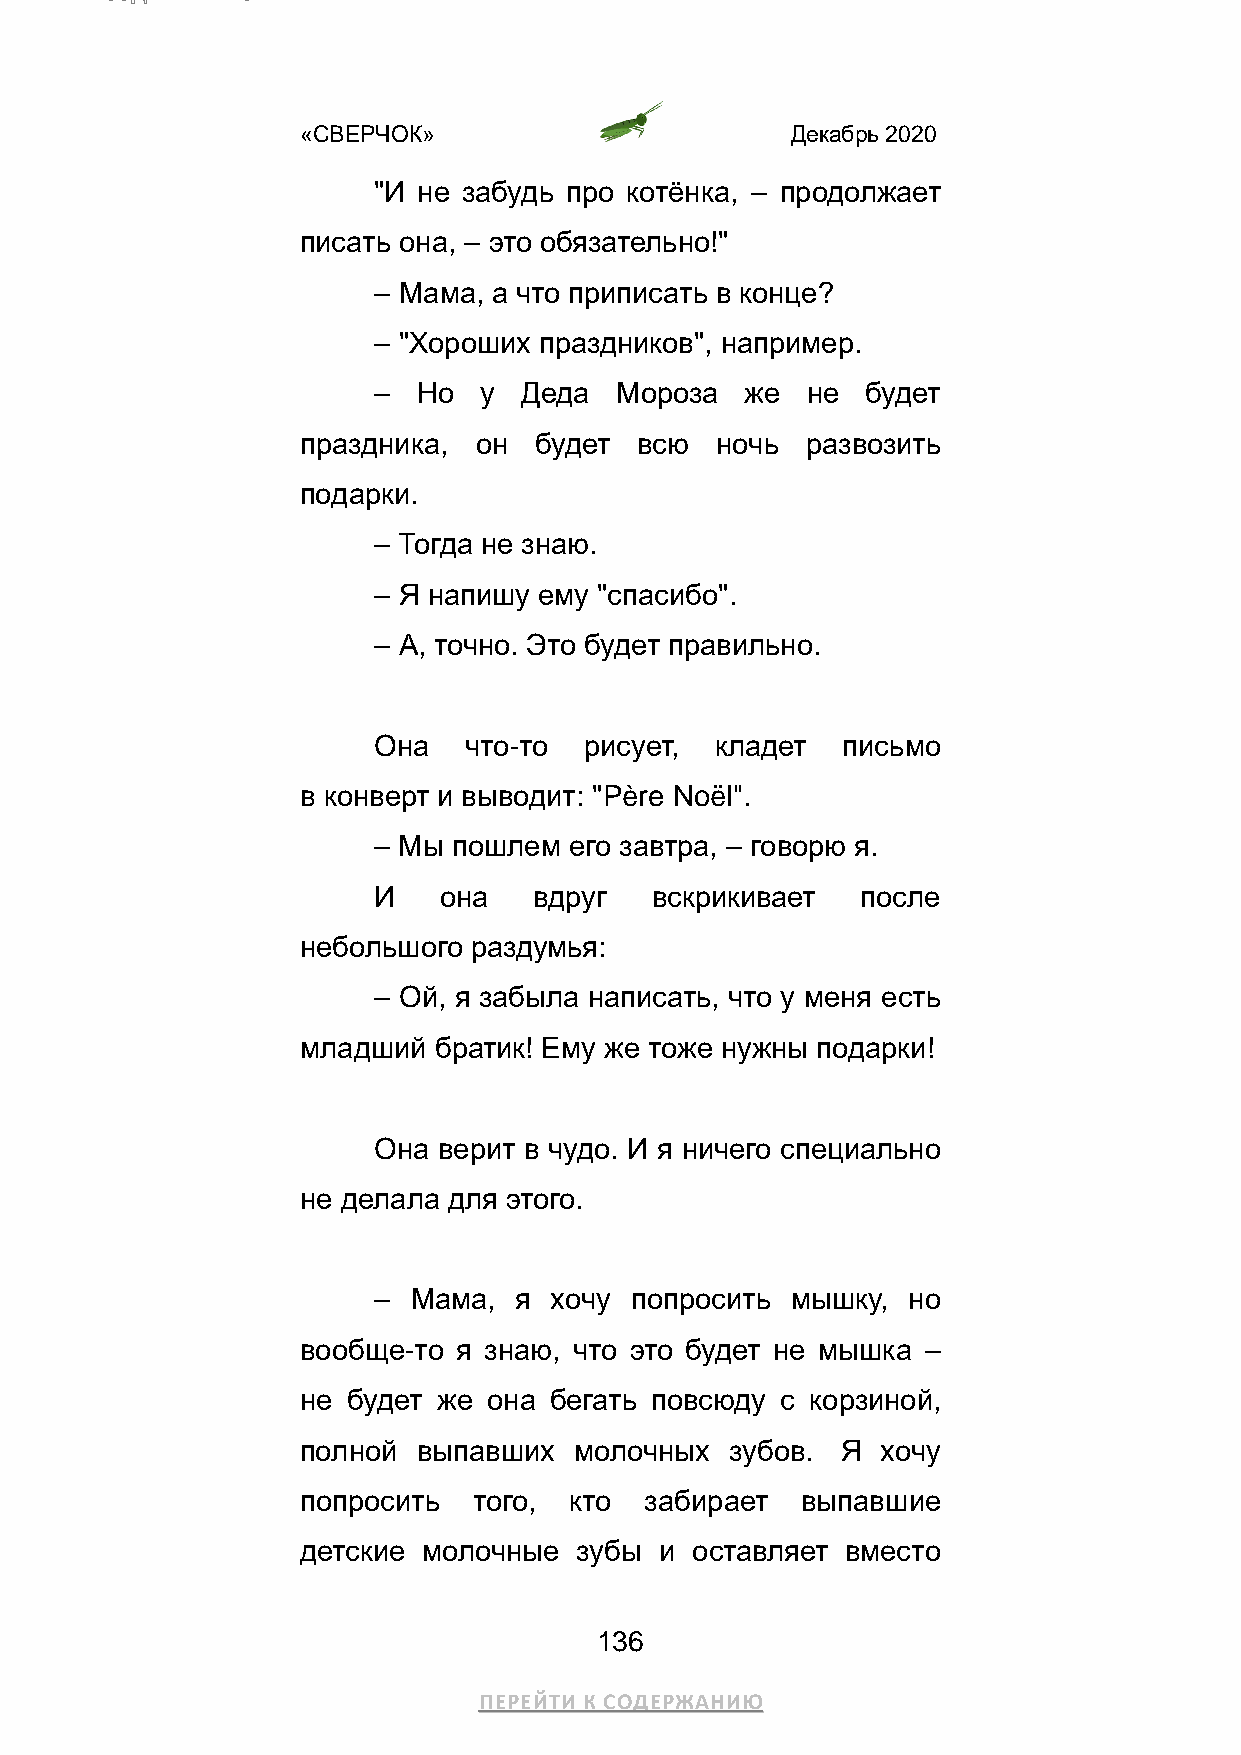
«СВЕРЧОК»                       Декабрь 2020
 "И не забудь про котёнка, – продолжает
 писать она, – это обязательно!"
 – Мама, а что приписать в конце?
 – "Хороших праздников", например.
 –  Но  у Деда   Мороза  же  не  будет
 праздника, он  будет  всю  ночь  развозить
 подарки.
 – Тогда не знаю.
 – Я напишу ему "спасибо".
 – А, точно. Это будет правильно.
 Она   что-то  рисует, кладет   письмо
 в конверт и выводит: "Père Noël".
 – Мы пошлем  его завтра, – говорю я.
 И   она   вдруг   вскрикивает   после
 небольшого раздумья:
 – Ой, я забыла написать, что у меня есть
 младший  братик! Ему же тоже нужны подарки!
 Она верит в чудо. И я ничего специально
 не делала для этого.
 – Мама,  я хочу  попросить мышку,  но
 вообще-то я знаю, что это будет не мышка –
 не будет же она бегать повсюду  с корзиной,
 полной  выпавших  молочных  зубов.  Я хочу
 попросить  того,  кто  забирает  выпавшие
 детские молочные  зубы  и оставляет вместо
 136
 ПЕРЕЙТИ К СОДЕРЖАНИЮ